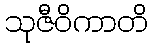
သုဇီဝိကာတိ